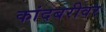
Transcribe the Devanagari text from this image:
कांदबरीवर